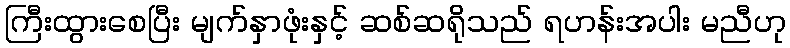
ကြီးထွားစေပြီး မျက်နှာဖုံးနှင့် ဆစ်ဆရိုသည် ရဟန်းအပါး မညီဟု